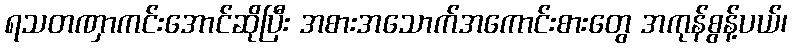
ရသတဏှာကင်းအောင်ဆိုပြီး အစားအသောက်အကောင်းစားတွေ အကုန်စွန့်ပယ်၊